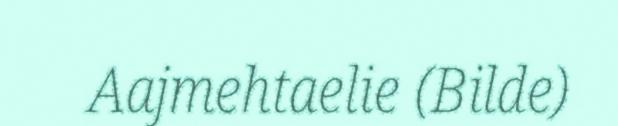
Aajmehtaelie (Bilde)